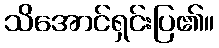
သိအောင်ရှင်းပြ၏။